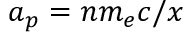
a _ { p } = n m _ { e } c / x